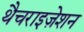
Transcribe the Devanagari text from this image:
थैचराइज़ेशन